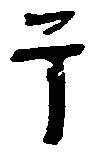
于